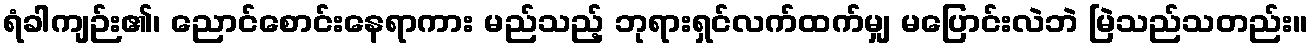
ရံခါကျဉ်း၏၊ ညောင်စောင်းနေရာကား မည်သည့် ဘုရားရှင်လက်ထက်မျှ မပြောင်းလဲဘဲ မြဲသည်သတည်း။